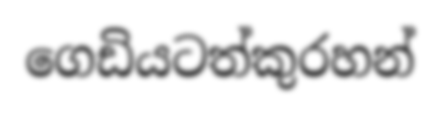
ගෙඩියටත්කුරහන්